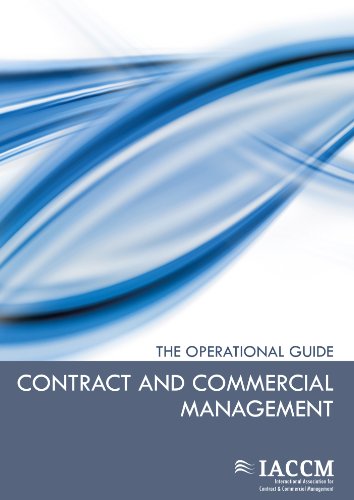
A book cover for Contract and Commercial Management (IACCM Series. Business Management); Van Haren Publishing; Business & Money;